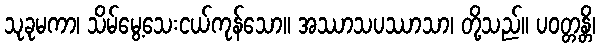
သုခုမကာ၊ သိမ်မွေ့သေးငယ်ကုန်သော။ အဿာသပဿာသာ၊ တို့သည်။ ပဝတ္တန္တိ၊